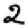
Digit: 2